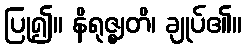
ပြု၍။ နိရုဇ္ဈတိ၊ ချုပ်၏။